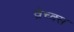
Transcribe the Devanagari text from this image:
व्रेच्क्स